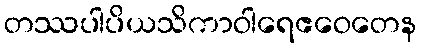
တဿပါပိယသိကာဝါရေဧဝေတေန